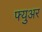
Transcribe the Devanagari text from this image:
फ्युअर